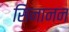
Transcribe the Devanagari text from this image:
सिनानन